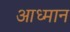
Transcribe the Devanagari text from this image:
आध्मान